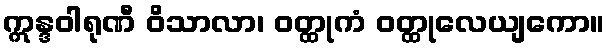
ဣန္ဒဝါရုဏီ ဝိသာလာ၊ ဝတ္ထုကံ ဝတ္ထုလေယျကော။